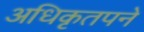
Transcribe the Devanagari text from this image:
अधिकृतपने